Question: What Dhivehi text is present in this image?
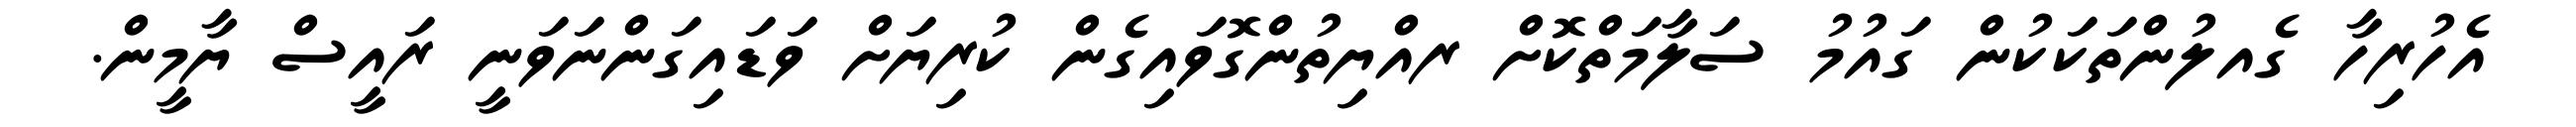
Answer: އެހުރިހާ ގެއލުންތަކަކުން ގައުމު ސަލާމަތްކޮށް ރއްޔިތުންގޮވައިގެން ކުރިޔަށް ވަޑައިގަންނަވަނީ ރައީސް ޔާމީން.